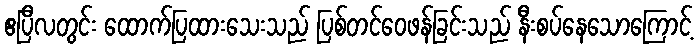
ဧပြီလတွင်း ထောက်ပြထားသေးသည် ပြစ်တင်ဝေဖန်ခြင်းသည် နီးစပ်နေသောကြောင့်